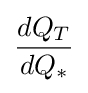
{\frac {dQ_{T}}{dQ_{*}}}